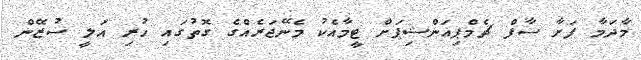
މާދަމާ ފަށާ ސާފް ޗެމްޕިއަންޝިޕަށް ޓީމާއެކު މެނޭޖަރެއްގެ ގޮތުގައި ހުރި އަލީ ސުޒޭން